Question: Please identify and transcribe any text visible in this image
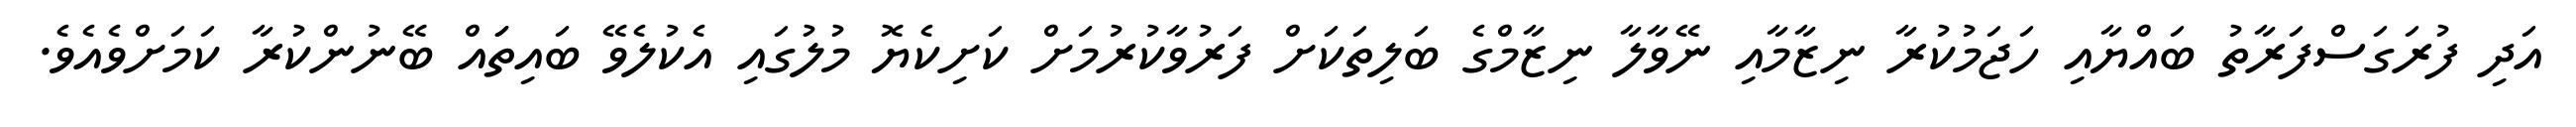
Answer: އަދި ފުރަގަސްފަރާތު ބައްޔާއި ހަޖަމުކުރާ ނިޒާމާއި ނޭވާލާ ނިޒާމްގެ ބަލިތަކަށް ފަރުވާކުރުމަށް ކަށިކެޔޮ މުލުގައި އެކުލެވޭ ބައިތަައް ބޭނުންކުރާ ކަމަށްވެއެވެ.